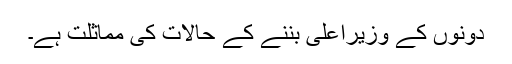
دونوں کے وزیراعلیٰ بننے کے حالات کی مماثلت ہے۔